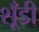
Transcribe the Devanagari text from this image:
शूँडी